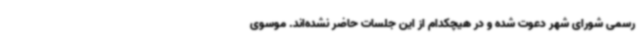
رسمی شورای شهر دعوت شده و در هیچکدام از این جلسات حاضر نشده‌اند. موسوی